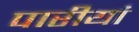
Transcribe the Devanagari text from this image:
पारीयां